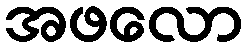
အဖလော